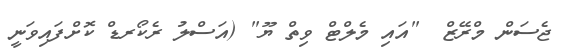
ޖެސަން މްރޭޒް  "އައި މެލްޓް ވިތް ޔޫ" (އަސްލު ރެކޯރޑް ކޮށްފައިވަނީ